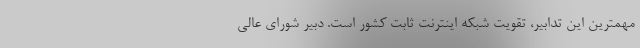
مهمترین این تدابیر، تقویت شبکه اینترنت ثابت کشور است. دبیر شورای عالی